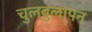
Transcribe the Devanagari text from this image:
चुलबुलापन